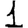
Digit: 1